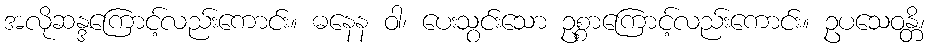
အလိုဆန္ဒကြောင့်လည်းကောင်း။ ဓနေန ဝါ၊ ပေးသွင်းသော ဥစ္စာကြောင့်လည်းကောင်း။ ဥပသေဝန္တိ၊